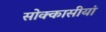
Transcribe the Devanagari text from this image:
सोक्कासीयां